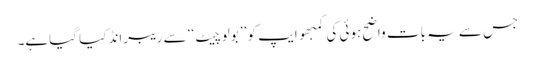
جس سے یہ بات واضح ہوئی کی کمبھو ایپ کو ’’ بولو چیٹ ‘‘ سے ریبرانڈ کیا گیاہے۔